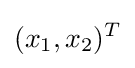
(x_{1},x_{2})^{T}